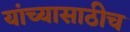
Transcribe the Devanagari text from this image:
यांच्यासाठीच